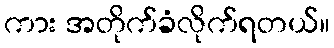
ကား အတိုက်ခံလိုက်ရတယ်။